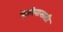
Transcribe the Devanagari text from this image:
केनियासाठी